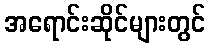
အရောင်းဆိုင်များတွင်